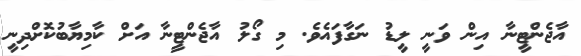
އާޖެންޓީނާ އިން ވަނީ ލީޑު ނަގާފައެވެ. މި ގޯލު އާޖެންޓީނާ އަށް ކާމިޔާބުކޮށްދިނީ